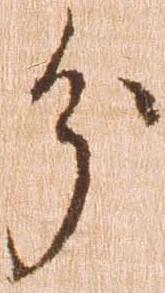
分